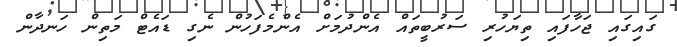
ގައިގައި ޖަހާފައި ތިޔަހުރި ސަރުބީތައް އެންދުމަށް އެންމެފަހުން ނެގި ޑައެޓް މަތިން ހަނދާން